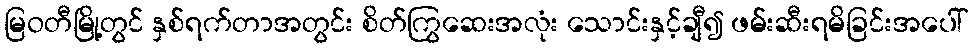
မြဝတီမြို့တွင် နှစ်ရက်တာအတွင်း စိတ်ကြွဆေးအလုံး သောင်းနှင့်ချီ၍ ဖမ်းဆီးရမိခြင်းအပေါ်